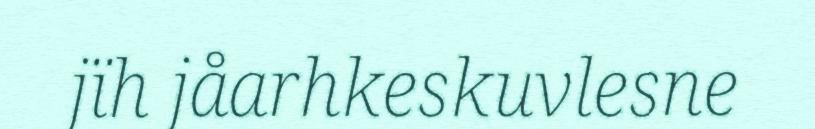
jïh jåarhkeskuvlesne